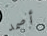
أصمد